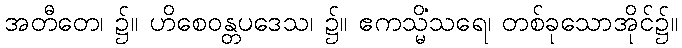
အတီတေ၊ ၌။ ဟိစေဝန္တပဒေသ၊ ၌။ ဧကသ္မိံသရေ၊ တစ်ခုသောအိုင်၌။